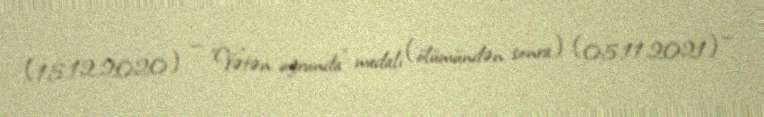
(15.12.2020) — "Vətən uğrunda" medalı (ölümündən sonra) (05.11.2021) —